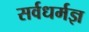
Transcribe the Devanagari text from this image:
सर्वधर्मज्ञ